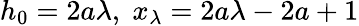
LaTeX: h_{0}=2a\lambda,\; x_{\lambda}=2a\lambda-2a+1